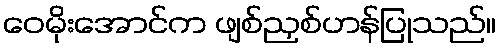
ဝေမိုးအောင်က ဖျစ်ညှစ်ဟန်ပြုသည်။